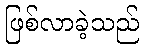
ဖြစ်လာခဲ့သည်